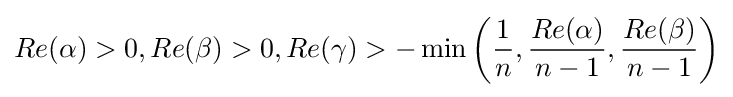
Re(\alpha )>0,Re(\beta )>0,Re(\gamma )>-\min \left({\frac {1}{n}},{\frac {Re(\alpha )}{n-1}},{\frac {Re(\beta )}{n-1}}\right)